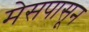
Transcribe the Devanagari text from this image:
मेसपासून